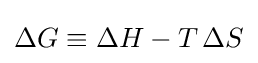
\Delta G\equiv \Delta H-T\,\Delta S